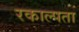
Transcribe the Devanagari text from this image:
रकाल्पता